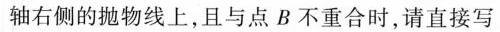
轴右侧的抛物线上，且与点B不重合时，请直接写